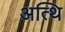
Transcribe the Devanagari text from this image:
अत्थि